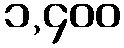
၁,၄၀၀